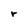
Character: r